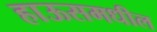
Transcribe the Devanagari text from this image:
हाऊसमधील